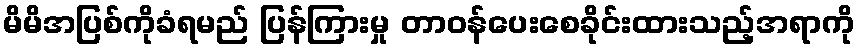
မိမိအပြစ်ကိုခံရမည် ပြန်ကြားမှု တာဝန်ပေးစေခိုင်းထားသည့်အရာကို